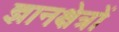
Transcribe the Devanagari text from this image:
ज्ञानक्षेत्रों